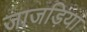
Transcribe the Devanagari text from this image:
जाजड़िया